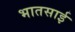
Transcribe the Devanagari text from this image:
भातसाई